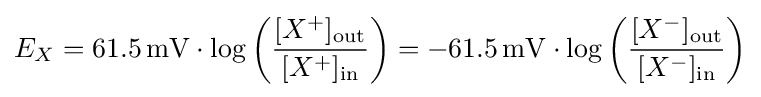
E_{X}=61.5\,\mathrm {mV} \cdot \log {\left({\frac {[X^{+}]_{\mathrm {out} }}{[X^{+}]_{\mathrm {in} }}}\right)}=-61.5\,\mathrm {mV} \cdot \log {\left({\frac {[X^{-}]_{\mathrm {out} }}{[X^{-}]_{\mathrm {in} }}}\right)}